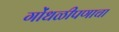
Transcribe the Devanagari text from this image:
गोंधळीपणाचा